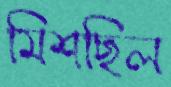
মিশছিল